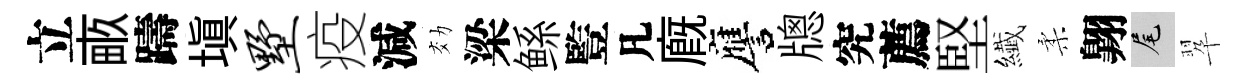
立畞躊塡墅疫減効梁鲧䜿凡廐譍牕究薦堅纎柔翺尾翆